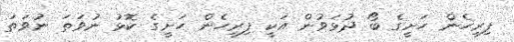
ފިރިހެން ހަށީގެ ބޯ ދުޅަވުން އަކީ ފިރިހެން ހަށީގެ ކޮޅު ނުވަތަ ނުވަތަ